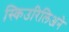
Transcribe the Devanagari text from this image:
स्किउरिलिअने